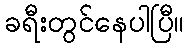
ခရီးတွင်နေပါပြီ။